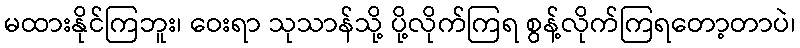
မထားနိုင်ကြဘူး၊ ဝေးရာ သုသာန်သို့ ပို့လိုက်ကြရ စွန့်လိုက်ကြရတော့တာပဲ၊